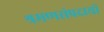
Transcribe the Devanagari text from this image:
श्रमणसंप्रदायों